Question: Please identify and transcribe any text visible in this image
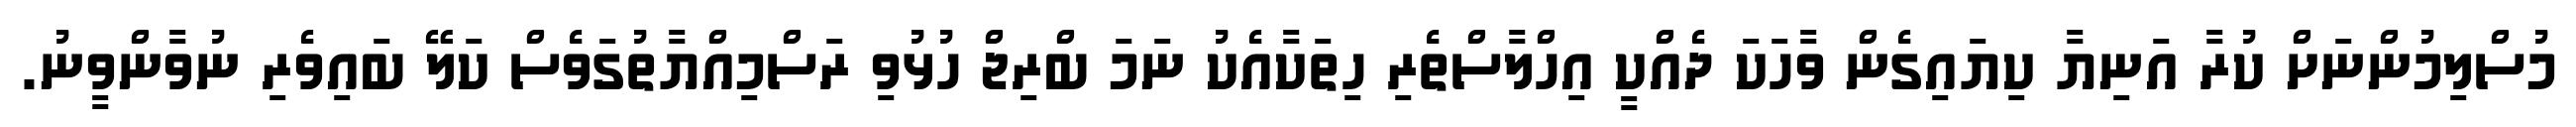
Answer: މުސްލިމުންނަށް ކުރާ އަނިޔާ ކިޔައިގެން ވާހަކަ ދެއްކީ އިހްލާސްތެރި ހިތަކާއެކު ނަމަ ބްރިޖް ހުޅުވި ރަސްމިއްޔާތުގަވެސް ކަލޭ ބައިވެރި ނުވާންވީނު.